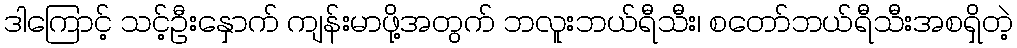
ဒါကြောင့် သင့်ဦးနှောက် ကျန်းမာဖို့အတွက် ဘလူူးဘယ်ရီသီး၊ စတော်ဘယ်ရီသီးအစရှိတဲ့